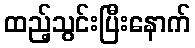
ထည့်သွင်းပြီးနောက်